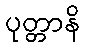
ပုတ္တာနိ